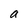
Character: a